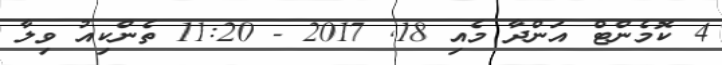
4 ކޮމެންޓް އަންދާ މެއި 18